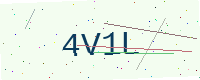
Text: 4V1L